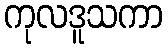
ကုလဒူသကာ